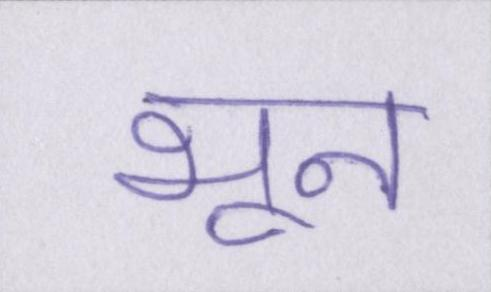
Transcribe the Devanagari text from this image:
भून